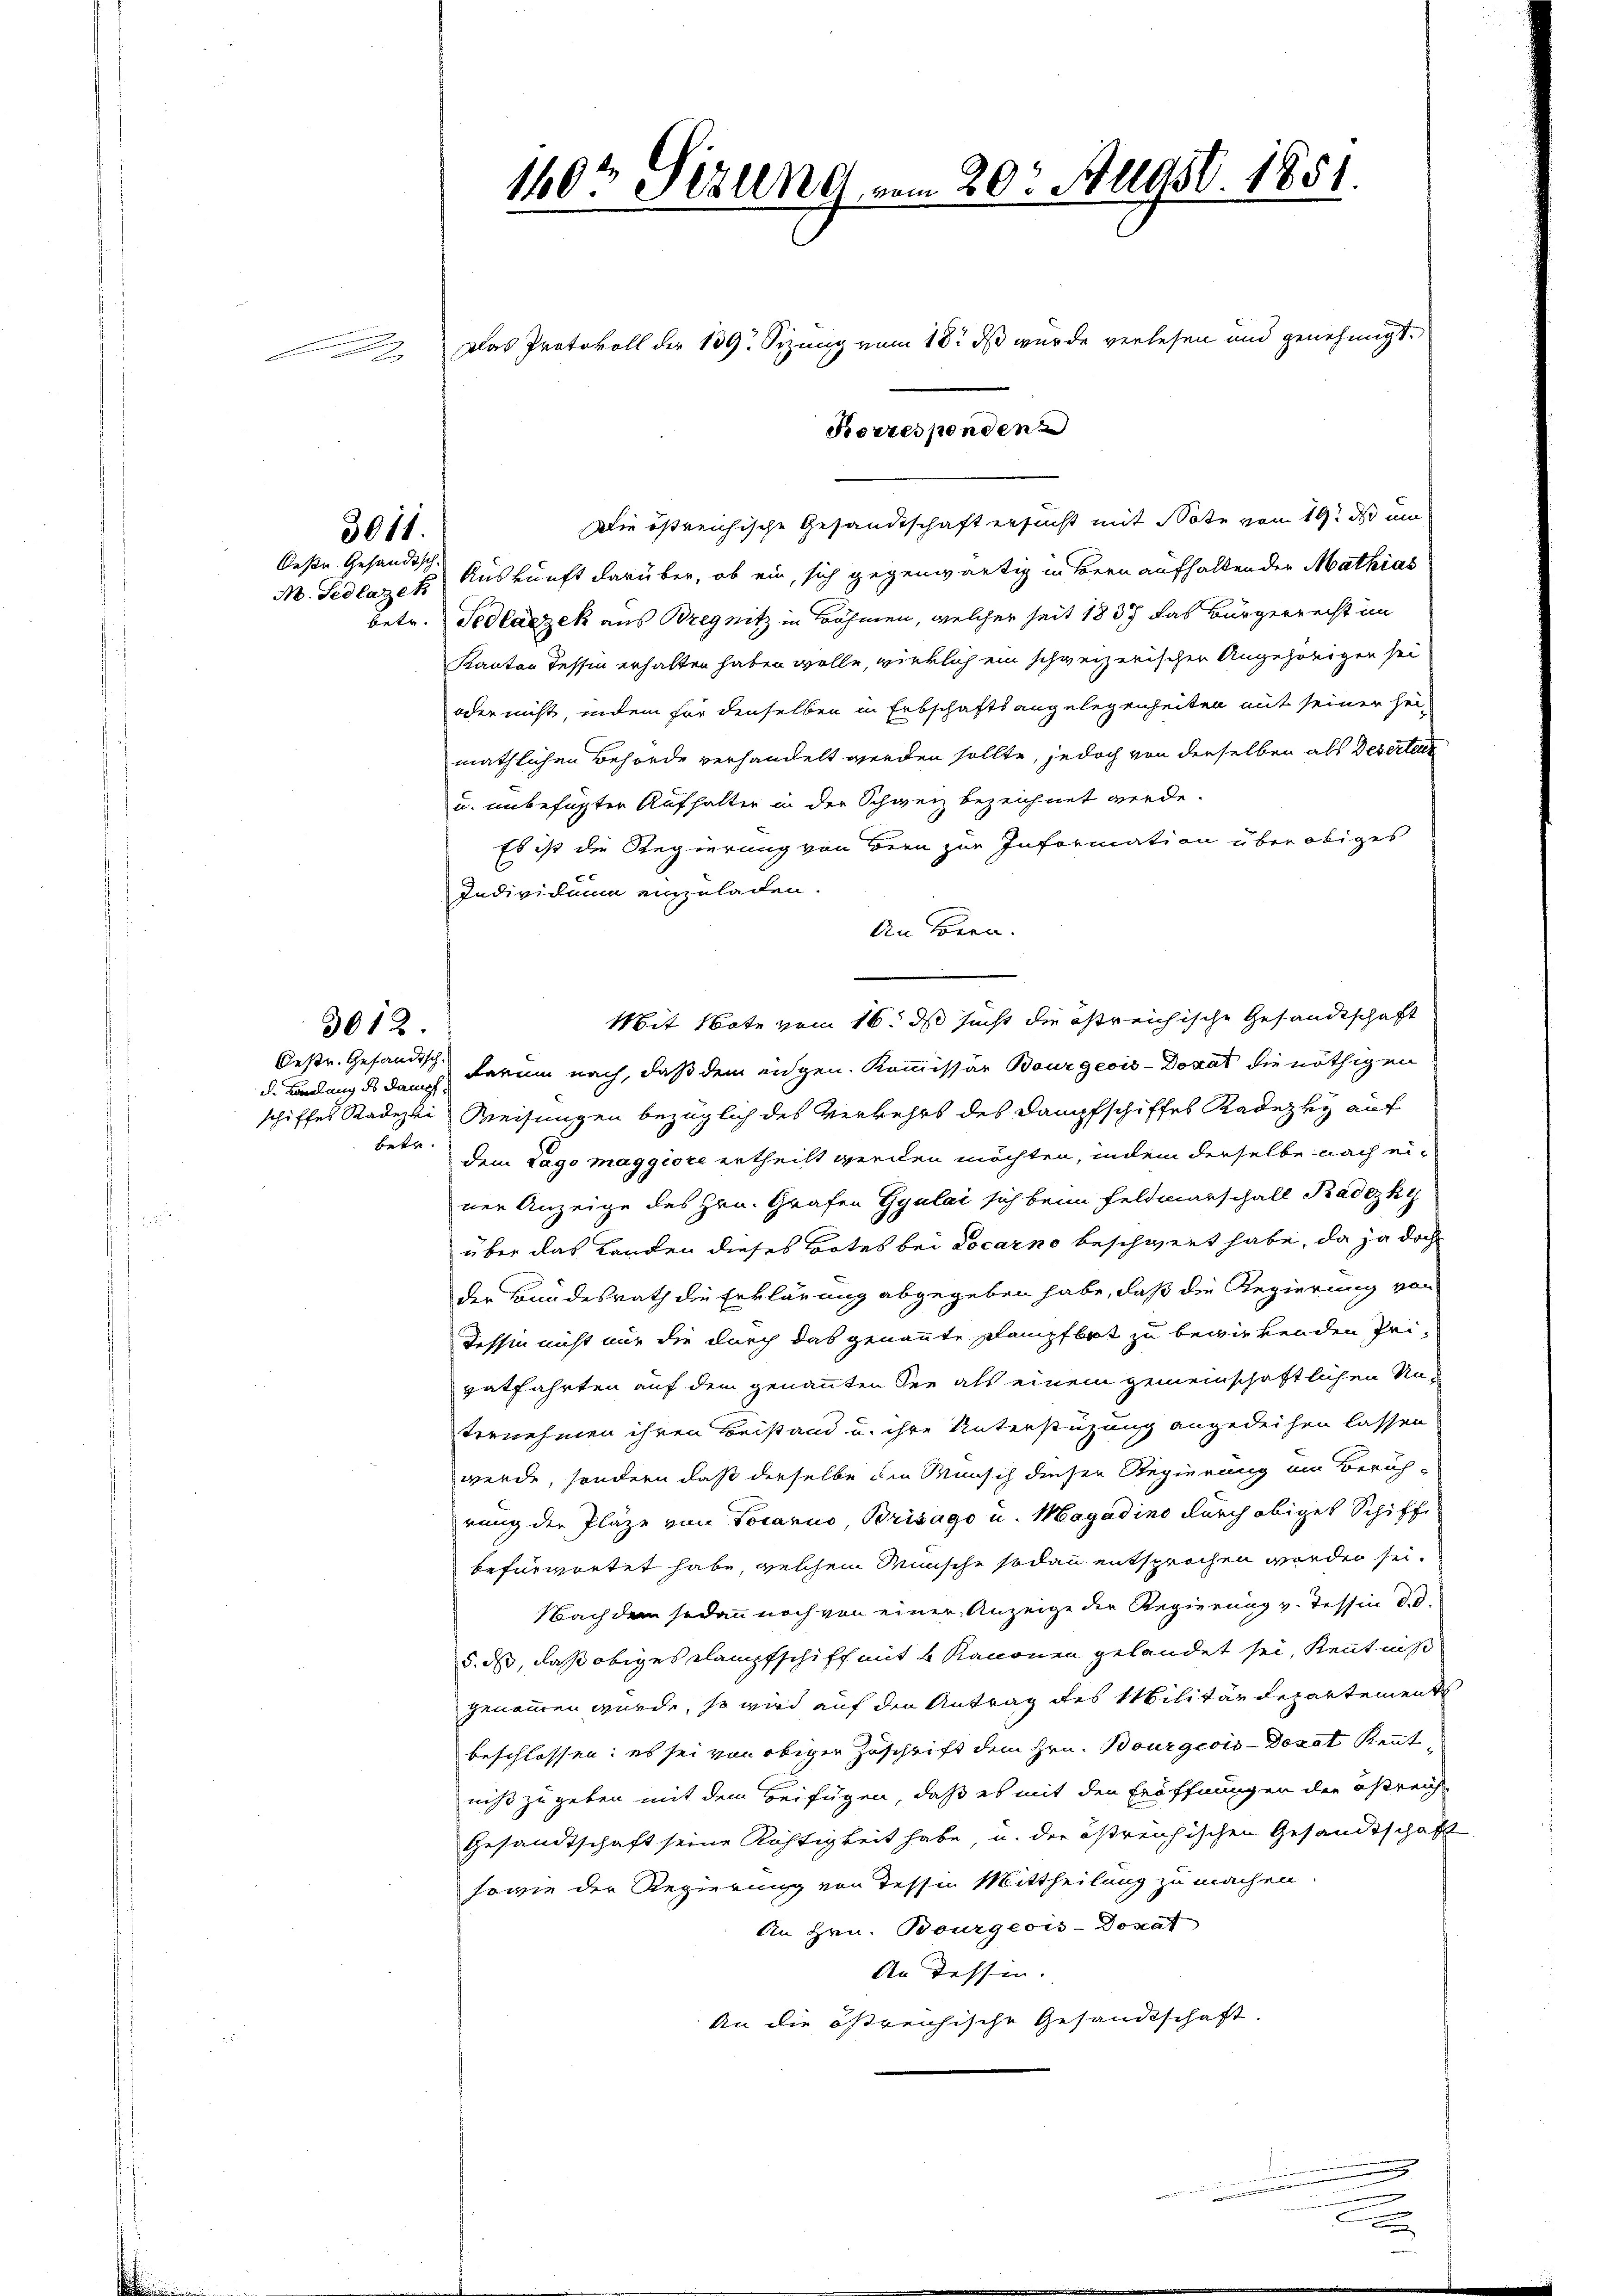
2

3011.

Deße. Gesandtsch-
betr.

3012.

Oestr. Gefändisch.
betr.

140t Sezung vom 20. Augst. 1851.

Die östreichische Gesandtschaft ersucht mit Note vom 19. ds um
M. Fedlazek Auskunft darüber, ob ein, sich gegenwärtig in Bern aufhaltender Mathias
Fedláczek aus Bregnitz in Böhmen, welcher seit 1837 das Bürgerrecht im
Kanton Tessin erhalten haben wolle, wirklich ein schweizerischen Angehörigen sei
oder nicht, indem für denselben in Erbschaftsangelegenheiten mit seiner seimäthlichen Behörde verhandelt werden sollte, jedoch von derselben als Deserteur
u. unbefugter Aufhalten in der Schweiz bezeichnet werde.
Es ist die Regierung von Bern zur Information über obiges
Individuum einzuladen.
An Bern.
Mit Note vom 16. ds sucht die östreichische Gesandtschaft
d. Ladung ds dann darum nach, daß dem eidgen. Kommissär Bourgeois-Dorat die nöthigen
schiffes Radeski Weisungen bezüglich des Verkehrs des Dampfschiffes Radezky auf
dem Lago maggiore ertheilt werden möchten, indem derselbe nach einer Anzeige des Hrn. Grafen Gyulai sich beim Feldmarschall Badezky
über das Landen dieses Botes bei Locarno beschwert habe, da ja doch
der Bundesrath die Erklärung abgegeben habe, daß die Regierung von
Tessin nicht nur die durch das genannte Stampfbat zu bewirkenden Pri-
eatfahrten auf dem genannten See als einem gemeinschaftlichen Na-
ternehmen ihren Beistand u. ihre Unterstüzung angedeihen lassen
werde, sondern daß derselbe die Wunsch dieser Regierung im Zürichrung der Pläze von Locarus, Brisago u. Magadino durch obiges Schiff
befürwortet habe, welchem Wunsche sodann entsprochen worden sei.
Nachdem sodann noch von einer Anzeige der Regierung v. Tessin d. d.
5. ds, daß obiges Dampfschiff mit 4 Kanonen gelandet sei, Kenntniß
genommen würde, so wird auf den Antrag des Militärdepartement
beschlossen: es sei von obiger Zuschrift dem Hrn. Bourgeois-Dozat Kenntniß zugeben mit dem Beifügen, daß es mit den Eröffnungen der östreich-
Gesandtschaft seine Röhtigkeit habe, u. der östreichischen Gesandtschaft
sowie der Regierung von dessen Mittheilung zu machen.
An Hrn. Bourgeois-Dorat
An Tessen.
An die östreichische Gesandtschaft

Das Protokoll der 139. Sizung vom 18. ds wurde verlesen und genehmigt.

Korresponden

.
n
.